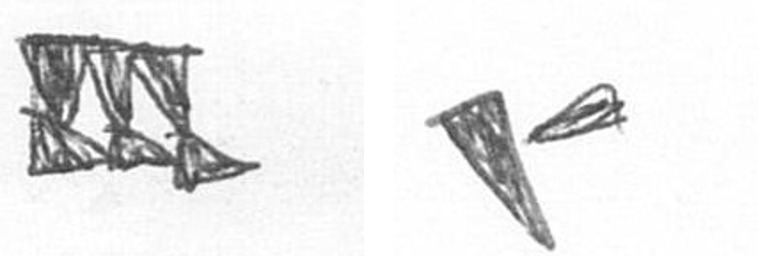
D F